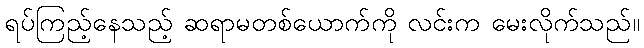
ရပ်ကြည့်နေသည့် ဆရာမတစ်ယောက်ကို လင်းက မေးလိုက်သည်။